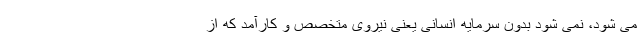
می شود، نمی شود بدون سرمایه انسانی یعنی نیروی متخصص و کارآمد که از